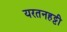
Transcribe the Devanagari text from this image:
यरतनहट्टी